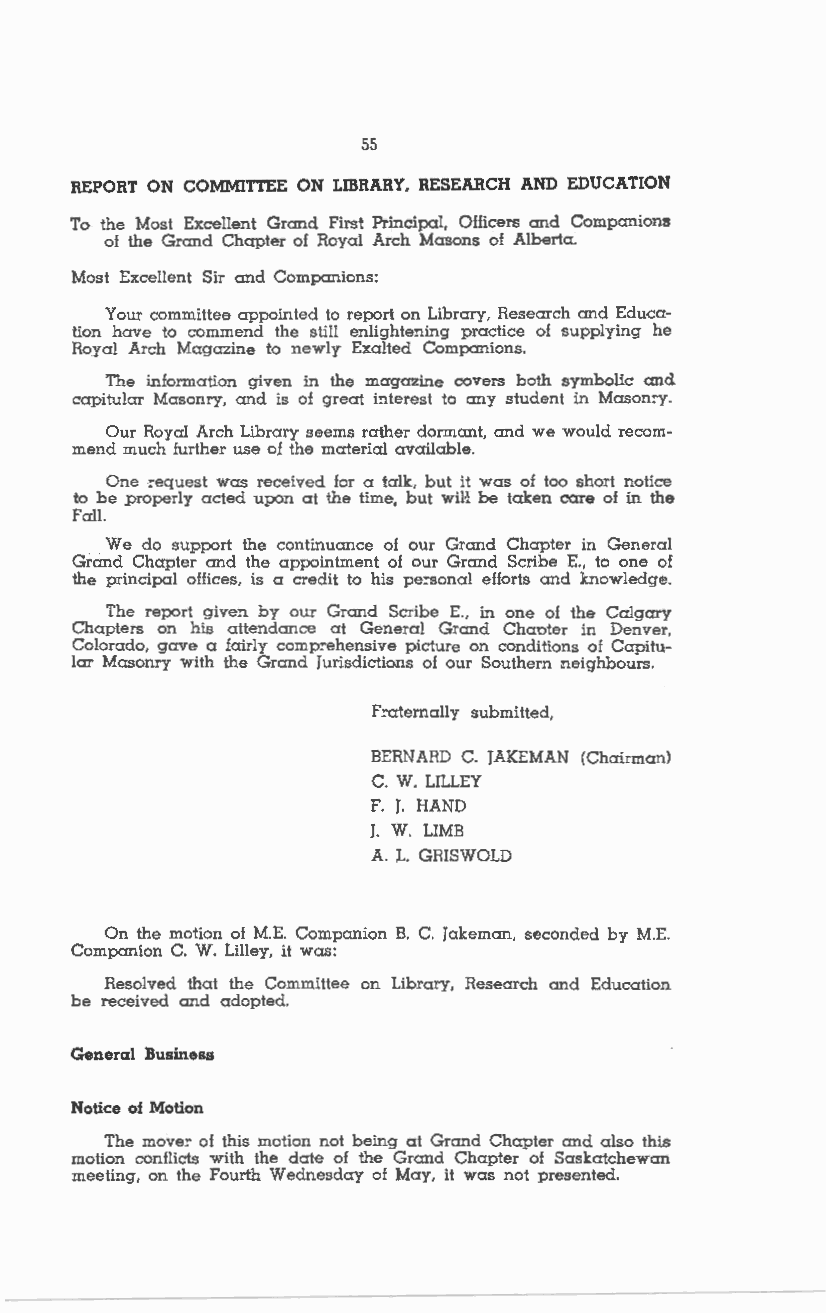
55
 REPORT ON COMMITTEE ON LIBRARY. RESEARCH AND EDUCATION
 To the Most Excellent Grand First Principal, Officers and Companions
 of the Grand Chapter of Royal Arch Masons of Alberta.
 Most Excellent Sir and Companions:
 Your committee appointed to report on Library, Research and Educa
 tion have to commend the still enlighte:!ling practice of supplying he
 Royal Arch Magazine to newly Exalted Companions.
 The information given in the magazine covers both symbolic and
 capitular Masonry, and is of great i:!lterest to any student in Mason:y.
 Our Royal Arch Library seems rather dormant, and we would recom
 mend much further use of the material available.
 One :-equest was received for a talk, but it was of too short notice
 to be ,properly acted upon at the time, but wiH be taken care of in the
 Fall.
 We do support the continuance of our Grand Chapter in Ge:!leral
 Grand Chapter and the appointment of our Grand Scribe E., to one of
 the principal offices, is a credit to his pe:-sonal efforts and knowledge.
 The report given by our Grand Scribe E., in one of the Calgary
 Chapters on his attendance at General Grand Chaoter in Denver,
 Colorado, gave a fairly comp:-ehensive picture on conditions of Capitu
 lar Masonry with the Grand Jurisdictions of our Southern neighbours.
 F:-aternally submitted,
 BERNARD C. JAKEMAN (Chairman)
 C. W. LILLEY
 F. J. HAND
 J. W. LIMB
 A. L. GRISWOLD
 On the motion of M.E. Companion B. C. Jakeman, seconded by M.E.
 Companion C. W. Lilley, it was:
 Resolved that the Committee on Library, Research and Education
 be received and adopted.
 General Business
 Notice of Motion
 The move:- of this motion not being at Grand Chapter and also this
 motion conflicts with the date of the Grand Chapter of Saskatchewan
 meeting, on the Fourth Wednesday of May, it was not presented.